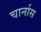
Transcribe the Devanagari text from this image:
चार्नास